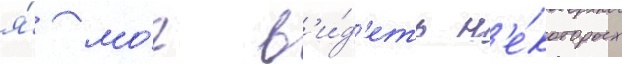
я́ мо́г в'и́д'еть н'е́которых